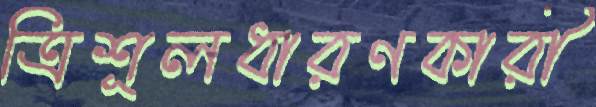
ত্রিশূলধারণকারী